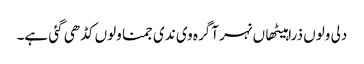
دلی ولوں ذرا ہیٹھاں نہر آگرہ وی ندی جمنا ولوں کڈھی گئی ہے۔